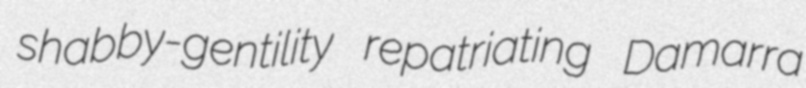
shabby-gentility repatriating Damarra